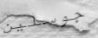
جوسلين